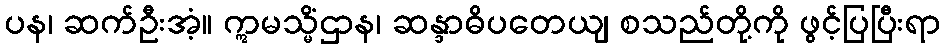
ပန၊ ဆက်ဦးအံ့။ ဣမသ္မိံဌာန၊ ဆန္ဒာဓိပတေယျ စသည်တို့ကို ဖွင့်ပြပြီးရာ